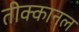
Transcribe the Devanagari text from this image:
तीक्कानल